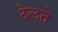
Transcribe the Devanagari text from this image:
ठेलते